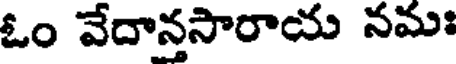
ఓం వేదానసారాయ నమః